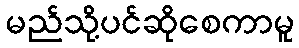
မည်သို့ပင်ဆိုစေကာမူ